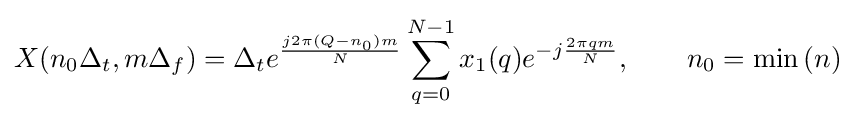
X(n_{0}\Delta _{t},m\Delta _{f})=\Delta _{t}e^{\frac {j2\pi (Q-n_{0})m}{N}}\sum _{q=0}^{N-1}x_{1}(q)e^{-j{\frac {2\pi qm}{N}}},\qquad n_{0}=\min {(n)}